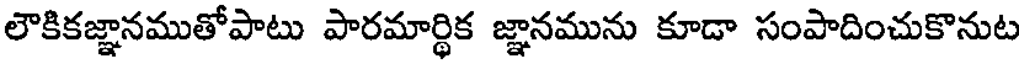
లౌకికజ్ఞానముతోపాటు పారమార్ధిక జ్ఞానమును కూడా సంపాదించుకొనుట